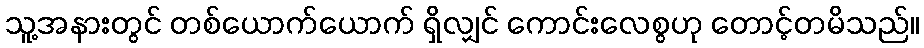
သူ့အနားတွင် တစ်ယောက်ယောက် ရှိလျှင် ကောင်းလေစွဟု တောင့်တမိသည်။